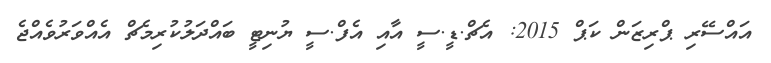
އައްސޭރި ޕްރިޒަން ކަޕް 2015: އެޗް.ޑީ.ސީ އާއި އެފް.ސީ ޔުނިޓީ ބައްދަލުކުރިމެޗް އެއްވަރުވެއްޖެ